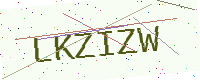
Text: LKZIZW